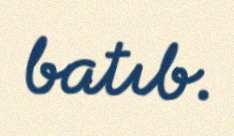
batıb.